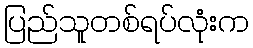
ပြည်သူတစ်ရပ်လုံးက